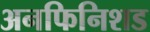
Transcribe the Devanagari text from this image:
अनफिनिशड